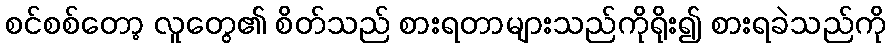
စင်စစ်တော့ လူတွေ၏ စိတ်သည် စားရတာများသည်ကိုရိုး၍ စားရခဲသည်ကို